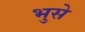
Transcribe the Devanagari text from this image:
भुसे